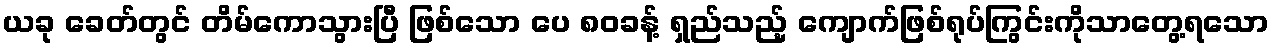
ယခု ခေတ်တွင် တိမ်ကောသွားပြီ ဖြစ်သော ပေ ၈၀ခန့် ရှည်သည့် ကျောက်ဖြစ်ရုပ်ကြွင်းကိုသာတွေ့ရသော